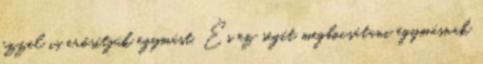
ezzel is erősítjük egymást. És ez segít megbocsátani egymásnak